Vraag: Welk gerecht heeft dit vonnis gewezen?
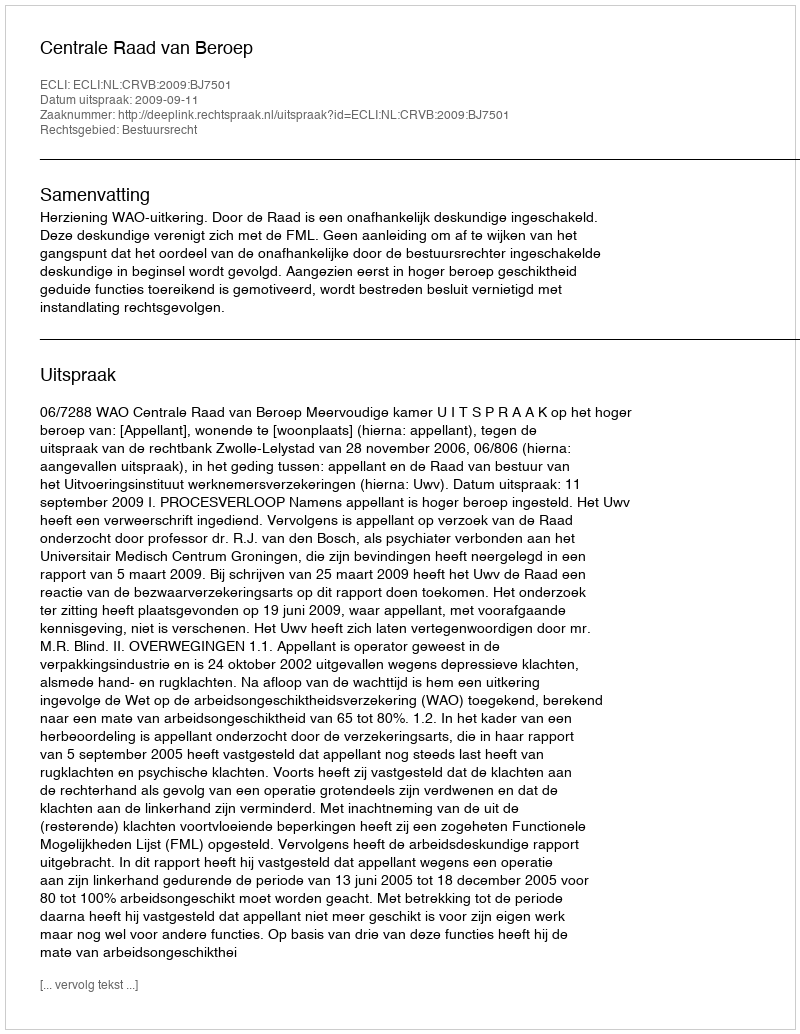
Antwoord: Centrale Raad van Beroep